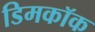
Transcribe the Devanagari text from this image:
डिमकॉक